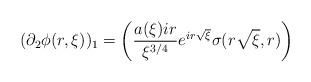
LaTeX: \begin{align*} (\partial_{2}\phi(r,\xi))_{1} = \left(\frac{a(\xi) i r}{\xi^{3/4}} e^{i r \sqrt{\xi}} \sigma(r\sqrt{\xi},r)\right)\end{align*}